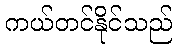
ကယ်တင်နိုင်သည်